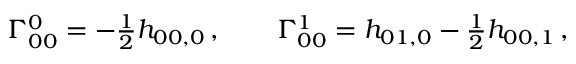
\begin{array} { r } { \Gamma _ { 0 0 } ^ { 0 } = - \frac 1 2 h _ { 0 0 , 0 } \, , \qquad \Gamma _ { 0 0 } ^ { 1 } = h _ { 0 1 , 0 } - \frac 1 2 h _ { 0 0 , 1 } \, , } \end{array}